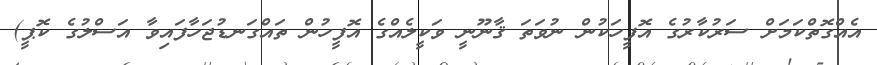
އެއްގޮތްކަމަށް ސަރުކާރުގެ އޮފީހަކުން ނުވަތަ ޤާނޫނީ ވަކީލެއްގެ އޮފީހުން ތައްގަނޑުޖަހާފައިވާ އަސްލުގެ ކޮޕީ)